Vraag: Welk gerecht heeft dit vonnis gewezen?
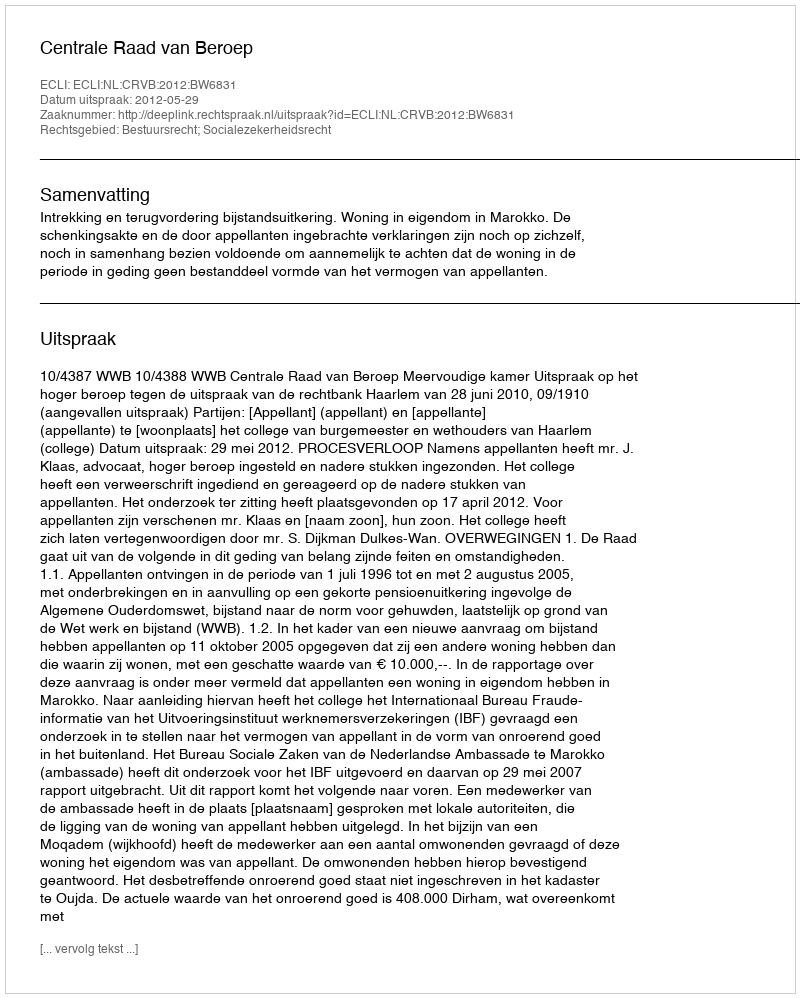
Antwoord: Centrale Raad van Beroep